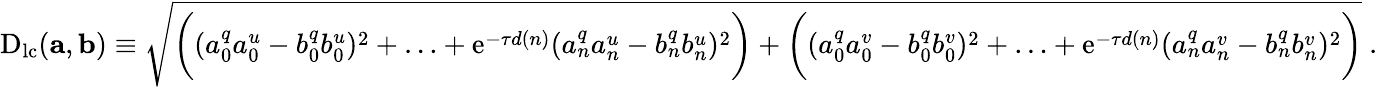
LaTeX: \begin{array}{r}{\mathrm{D}_{\mathrm{lc}}(\mathbf{a},\mathbf{b})\equiv\sqrt{\biggl((a_{0}^{q}a_{0}^{u}-b_{0}^{q}b_{0}^{u})^{2}+\ldots+\mathrm{e}^{-\tau d(n)}(a_{n}^{q}a_{n}^{u}-b_{n}^{q}b_{n}^{u})^{2}\biggr)+\biggl((a_{0}^{q}a_{0}^{v}-b_{0}^{q}b_{0}^{v})^{2}+\ldots+\mathrm{e}^{-\tau d(n)}(a_{n}^{q}a_{n}^{v}-b_{n}^{q}b_{n}^{v})^{2}\biggr)}~.}\end{array}